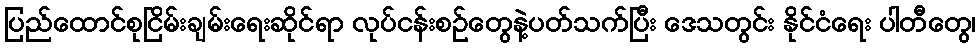
ပြည်ထောင်စုငြိမ်းချမ်းရေးဆိုင်ရာ လုပ်ငန်းစဉ်တွေနဲ့ပတ်သက်ပြီး ဒေသတွင်း နိုင်ငံရေး ပါတီတွေ၊